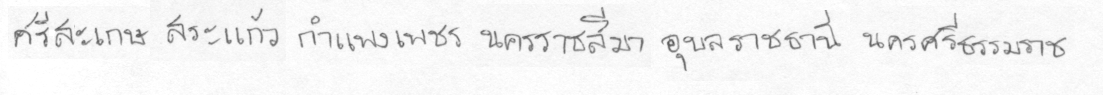
ศรีสะเกษสระแก้วกำแพงเพชรนครราชสีมาอุลราชธานีนครศรีธรรมราช